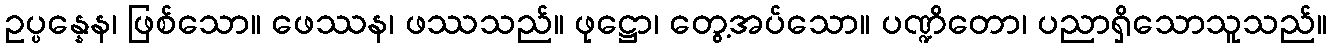
ဥပ္ပန္နေန၊ ဖြစ်သော။ ဖေဿန၊ ဖဿသည်။ ဖုဋ္ဌော၊ တွေ့အပ်သော။ ပဏ္ဍိတော၊ ပညာရှိသောသူသည်။